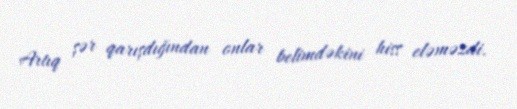
Artıq şər qarışdığından onlar belimdəkini hiss eləməzdi.